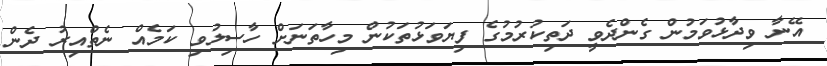
އޭނާ ވިދާޅުވަމުން ގެންދެވީ ދަތިކުރުމުގެ ފިޔަވަޅުތަކުން މިހާތަނަށް ހާސިލުވި ކަމެއް ނެތްއިރު ދެން